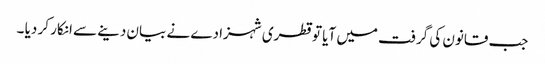
جب قانون کی گرفت میں آیا تو قطری شہزادے نے بیان دینے سے انکار کر دیا ۔